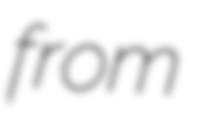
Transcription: from